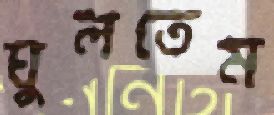
ঘুলতেম